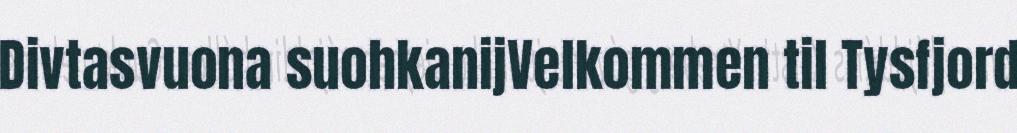
Divtasvuona suohkanijVelkommen til Tysfjord